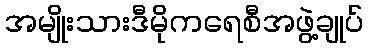
အမျိုးသားဒီမိုကရေစီအဖွဲ့ချုပ်